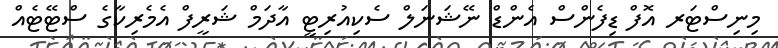
މިނިސްޓަރ އޮފް ޑިފެންސް އެންޑް ނޭޝަނަލް ސެކިއުރިޓީ އާދަމް ޝަރީފް އެމެރިކާގެ ސްޓޭޓެއް